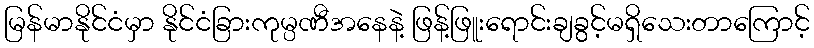
မြန်မာနိုင်ငံမှာ နိုင်ငံခြားကုမ္ပဏီအနေနဲ့ ဖြန့်ဖြူးရောင်းချခွင့်မရှိသေးတာကြောင့်